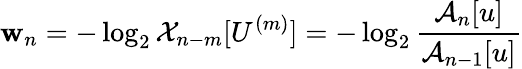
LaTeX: \mathbf{w}_{n}=-\log_{2}\mathcal{{X}}_{n-m}[U^{(m)}]=-\log_{2}\frac{{\mathcal{{A}}_{n}[u]}}{{\mathcal{{A}}_{n-1}[u]}}